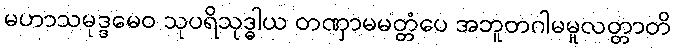
မဟာသမုဒ္ဒမေဝ သုပရိသုဒ္ဓါယ တဏှာမမတ္တံပေ အဘူတဂါမမူလတ္တာတိ